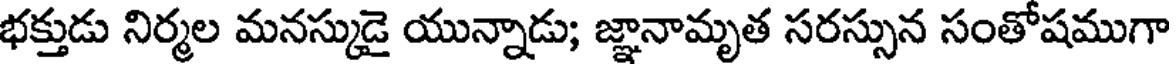
భక్తుడు నిర్మల మనస్కుడై యున్నాడు; జ్ఞానామృత సరస్సున సంతోషముగా